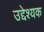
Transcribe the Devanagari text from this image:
उद्देश्यक